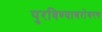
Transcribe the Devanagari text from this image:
पुरविण्याबरोबरच